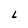
Character: L